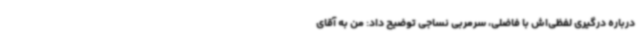
درباره درگیری لفظی‌اش با فاضلی، سرمربی نساجی توضیح داد: من به آقای